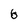
Character: 6